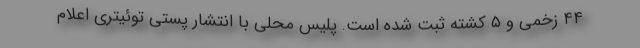
۴۴ زخمی و ۵ کشته ثبت شده است. پلیس محلی با انتشار پستی توئیتری اعلام